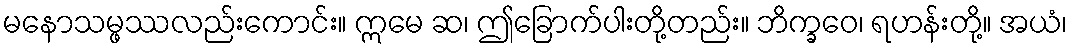
မနောသမ္ဖဿလည်းကောင်း။ ဣမေ ဆ၊ ဤခြောက်ပါးတို့တည်း။ ဘိက္ခဝေ၊ ရဟန်းတို့။ အယံ၊